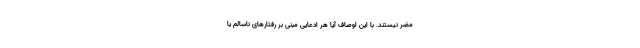
مضر نیستند. با این اوصاف آیا هر ادعایی مبنی بر رفتارهای ناسالم یا